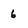
Character: 6